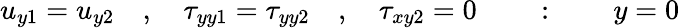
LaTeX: u_{y1}=u_{y2}\quad,\quad\tau_{yy1}=\tau_{yy2}\quad,\quad\tau_{xy2}=0\quad\quad:\quad\quad y=0